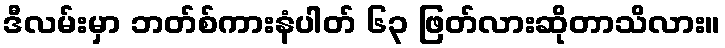
ဒီလမ်းမှာ ဘတ်စ်ကားနံပါတ် ၆၃ ဖြတ်လားဆိုတာသိလား။